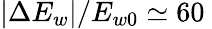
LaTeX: |\Delta E_{w}|/E_{w0}\simeq 60\